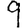
Digit: 9